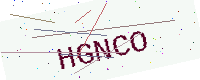
Text: HGNCO